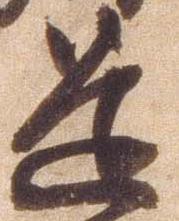
道